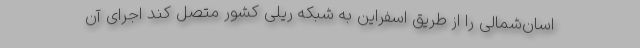
اسان‌شمالی را از طریق اسفراین به شبکه ریلی کشور متصل کند اجرای آن